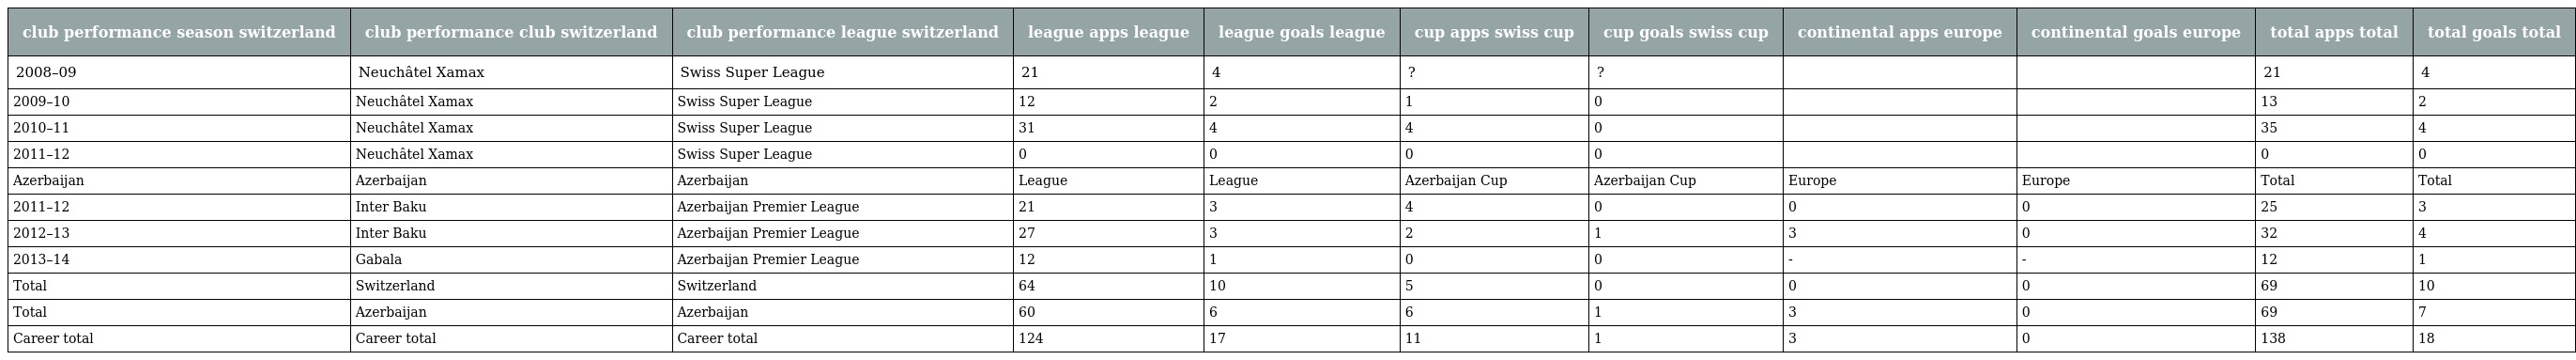
| club performance season switzerland | club performance club switzerland | club performance league switzerland | league apps league | league goals league | cup apps swiss cup | cup goals swiss cup | continental apps europe | continental goals europe | total apps total | total goals total |
 | --- | --- | --- | --- | --- | --- | --- | --- | --- | --- | --- |
 | 2008–09 | Neuchâtel Xamax | Swiss Super League | 21 | 4 | ? | ? |  |  | 21 | 4 |
 | 2009–10 | Neuchâtel Xamax | Swiss Super League | 12 | 2 | 1 | 0 |  |  | 13 | 2 |
 | 2010–11 | Neuchâtel Xamax | Swiss Super League | 31 | 4 | 4 | 0 |  |  | 35 | 4 |
 | 2011–12 | Neuchâtel Xamax | Swiss Super League | 0 | 0 | 0 | 0 |  |  | 0 | 0 |
 | Azerbaijan | Azerbaijan | Azerbaijan | League | League | Azerbaijan Cup | Azerbaijan Cup | Europe | Europe | Total | Total |
 | 2011–12 | Inter Baku | Azerbaijan Premier League | 21 | 3 | 4 | 0 | 0 | 0 | 25 | 3 |
 | 2012–13 | Inter Baku | Azerbaijan Premier League | 27 | 3 | 2 | 1 | 3 | 0 | 32 | 4 |
 | 2013–14 | Gabala | Azerbaijan Premier League | 12 | 1 | 0 | 0 | - | - | 12 | 1 |
 | Total | Switzerland | Switzerland | 64 | 10 | 5 | 0 | 0 | 0 | 69 | 10 |
 | Total | Azerbaijan | Azerbaijan | 60 | 6 | 6 | 1 | 3 | 0 | 69 | 7 |
 | Career total | Career total | Career total | 124 | 17 | 11 | 1 | 3 | 0 | 138 | 18 |